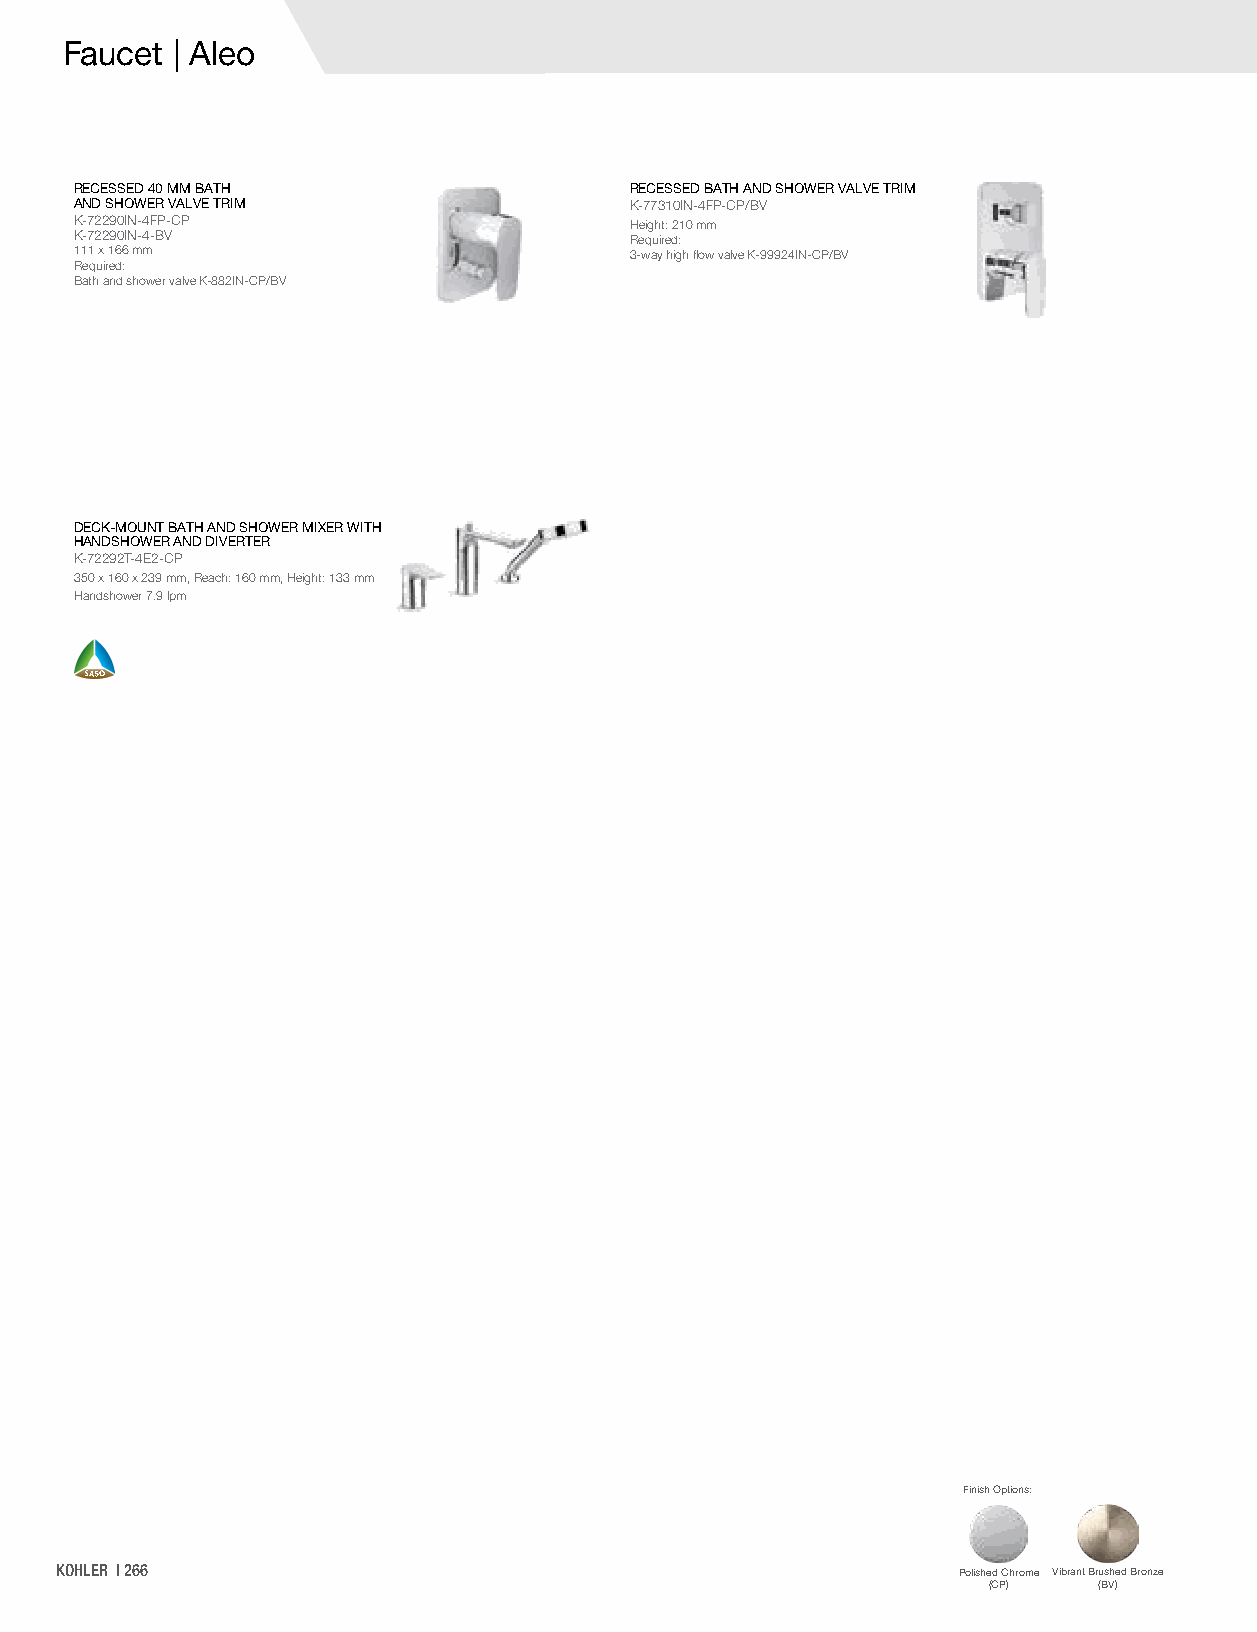
Faucet | Aleo
 RECESSED 40 MM BATH                  RECESSED BATH AND SHOWER VALVE TRIM
 AND SHOWER VALVE TRIM                K-77310IN-4FP-CP/BV
 K-72290IN-4FP-CP                     Height: 210 mm
 K-72290IN-4-BV                       Required:
 111 x 166 mm                         3-way high flow valve K-99924IN-CP/BV
 Required:
 Bath and shower valve K-882IN-CP/BV
 DECK-MOUNT BATH AND SHOWER MIXER WITH
 HANDSHOWER AND DIVERTER
 K-72292T-4E2-CP
 350 x 160 x 239 mm, Reach: 160 mm, Height: 133 mm
 Handshower 7.9 lpm
 Finish Options:
 KOHLER | 266                                               Polished Chrome Vibrant Brushed Bronze
 (CP)    (BV)